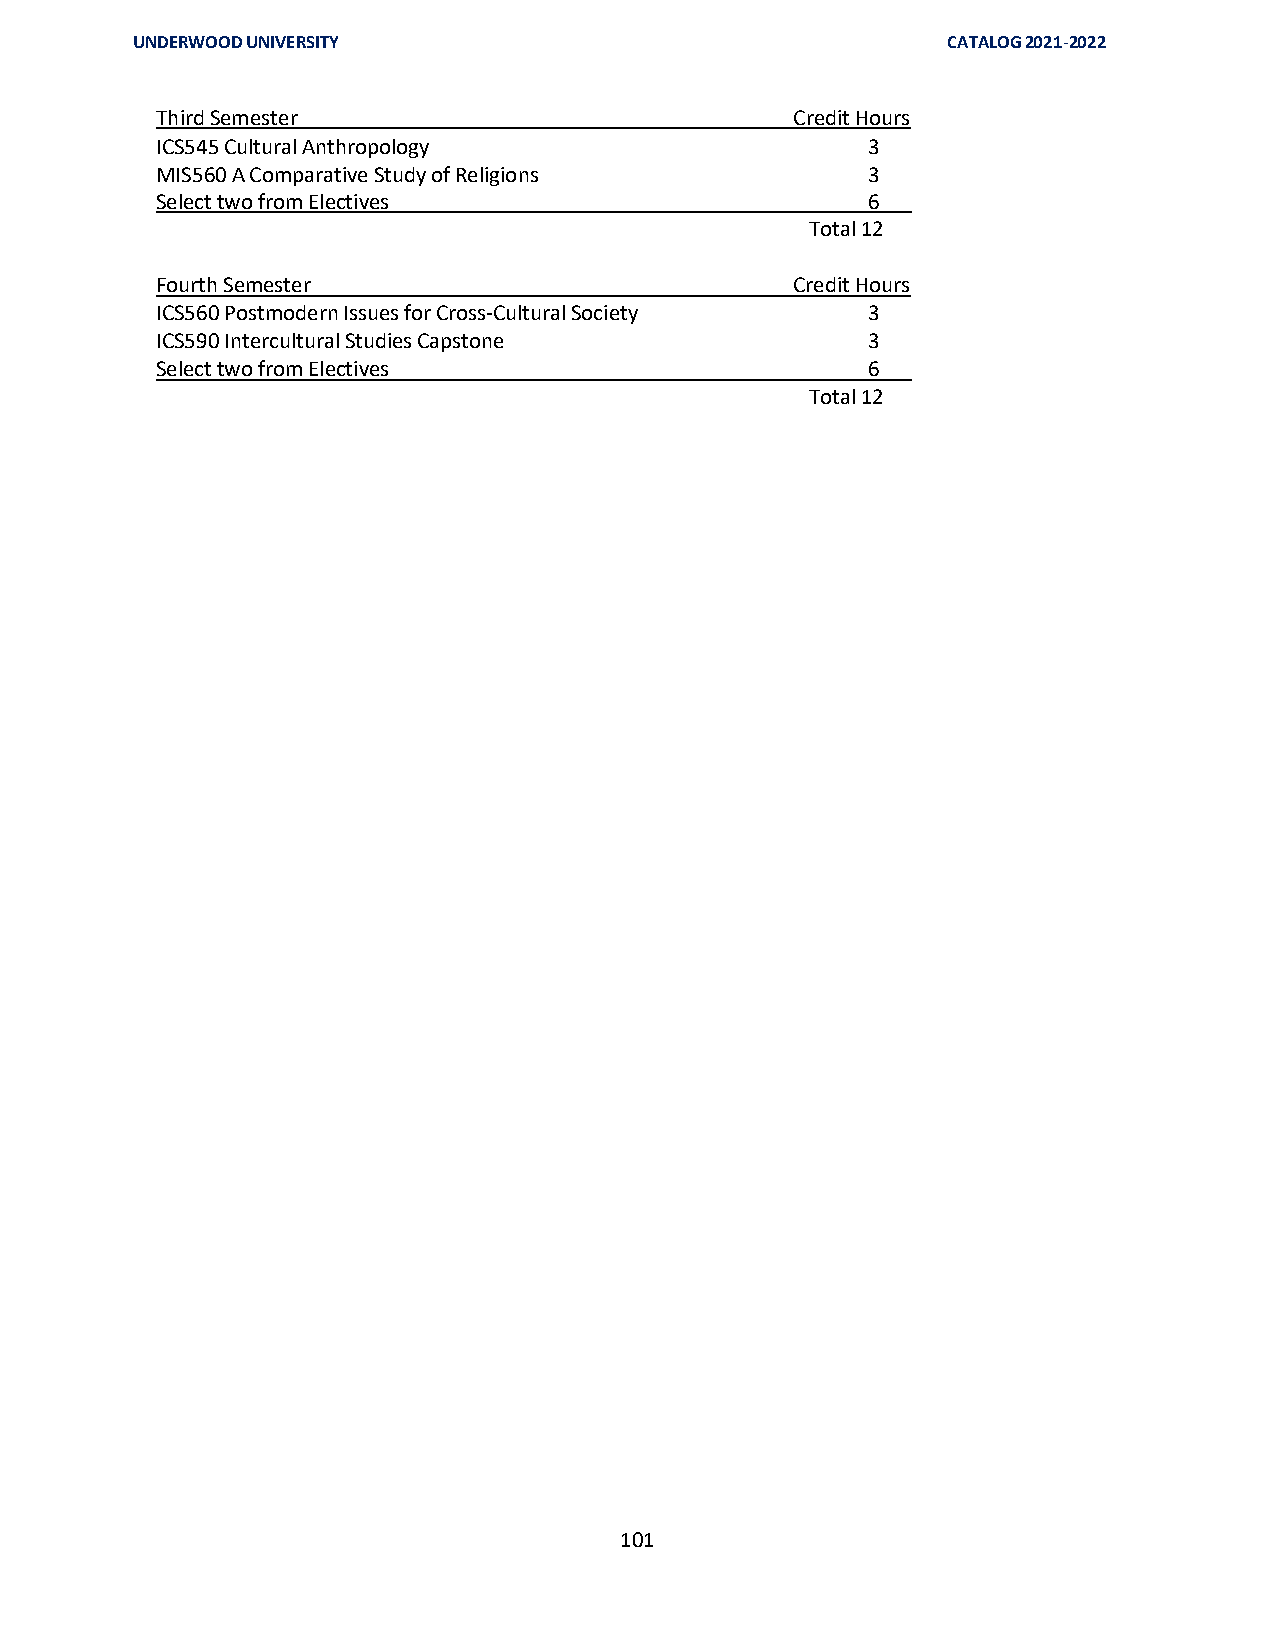
UNDERWOOD UNIVERSITY                                  CATALOG 2021-2022
 Third Semester                             Credit Hours
 ICS545 Cultural Anthropology                   3
 MIS560 A Comparative Study of Religions         3
 Select two from Electives                      6
 Total 12
 Fourth Semester                            Credit Hours
 ICS560 Postmodern Issues for Cross-Cultural Society 3
 ICS590 Intercultural Studies Capstone          3
 Select two from Electives                      6
 Total 12
 101